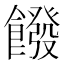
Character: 𩞽